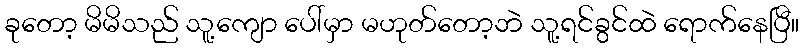
ခုတော့ မိမိသည် သူ့ကျော ပေါ်မှာ မဟုတ်တော့ဘဲ သူ့ရင်ခွင်ထဲ ရောက်နေပြီ။